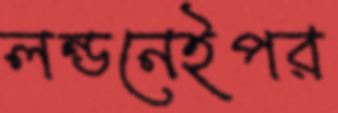
লন্ডনেইপর